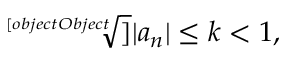
{ \sqrt [ [object Object] ] { | a _ { n } | } } \leq k < 1 ,